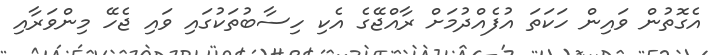
އެގޮތުން ވައިން ހަކަތަ އުފެއްދުމަށް ރާއްޖޭގެ އެކި ހިސާބުތަކުގައި ވައި ޖެހޭ މިންވަރާއި